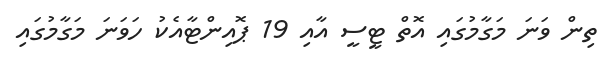
ތިން ވަނަ މަގާމުގައި އޮތް ޓީސީ އާއި 19 ޕޮއިންޓާއެކު ހަވަނަ މަގާމުގައި